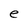
Character: e